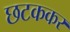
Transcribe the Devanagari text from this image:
छटककर